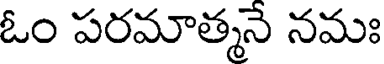
ఓం పరమాత్మనే నమః